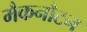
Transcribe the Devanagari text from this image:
मैकनौटन